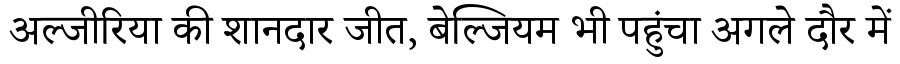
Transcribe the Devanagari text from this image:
अल्जीरिया की शानदार जीत, बेल्जियम भी पहुंचा अगले दौर में